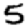
Digit: 5